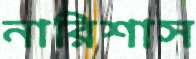
নারিশাস